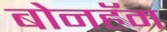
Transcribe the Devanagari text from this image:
बोनहॅम